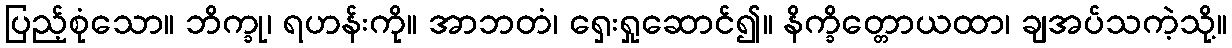
ပြည့်စုံသော။ ဘိက္ခု၊ ရဟန်းကို။ အာဘတံ၊ ရှေးရှုဆောင်၍။ နိက္ခိတ္တောယထာ၊ ချအပ်သကဲ့သို့။